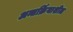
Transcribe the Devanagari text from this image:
अन्तर्क्रियाशील